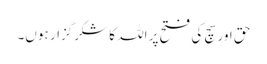
حق اور سچ کی فتح پر اللہ کا شکرگزار ہوں۔